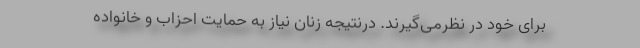
برای خود در نظرمی‌گیرند. درنتیجه زنان نیاز به حمایت احزاب و خانواده‌